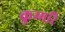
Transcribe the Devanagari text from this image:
कुम्मरि